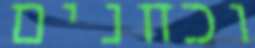
וכחנים